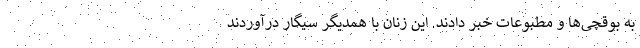
به بوقچی‌ها و مطبوعات خبر دادند. این زنان با همدیگر سیگار درآوردند